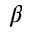
\beta